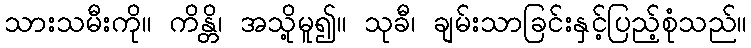
သားသမီးကို။ ကိန္တိ၊ အသို့မူ၍။ သုခီ၊ ချမ်းသာခြင်းနှင့်ပြည့်စုံသည်။